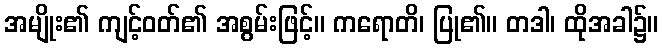
အမျိုး၏ ကျင့်ဝတ်၏ အစွမ်းဖြင့်။ ကရောတိ၊ ပြု၏။ တဒါ၊ ထိုအခါ၌။